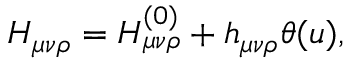
H _ { \mu \nu \rho } = H _ { \mu \nu \rho } ^ { ( 0 ) } + h _ { \mu \nu \rho } \theta ( u ) ,